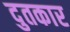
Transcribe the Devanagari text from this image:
दुतकार